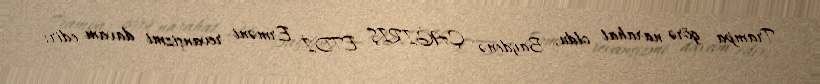
Trampa görə narahat oldu, Baydenə ÇAĞIRIŞ ETDİ Erməni revanşizmi davam edir: